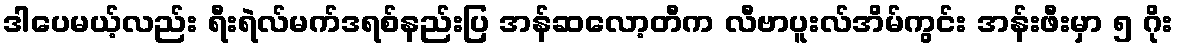
ဒါပေမယ့်လည်း ရီးရဲလ်မက်ဒရစ်နည်းပြ အန်ဆလော့တီက လီဗာပူးလ်အိမ်ကွင်း အန်းဖီးမှာ ၅ ဂိုး